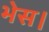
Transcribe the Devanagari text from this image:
भेस।